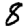
Digit: 8